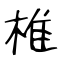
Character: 椎